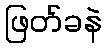
ဖြတ်ခနဲ